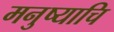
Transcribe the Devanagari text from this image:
मनुष्याचि